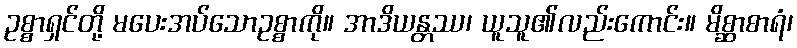
ဥစ္စာရှင်တို့ မပေးအပ်သောဥစ္စာကို။ အာဒိယန္တဿ၊ ယူသူ၏လည်းကောင်း။ မိစ္ဆာစာရံ၊